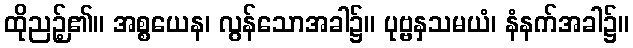
ထိုညဉ့်၏။ အစ္စယေန၊ လွန်သောအခါ၌။ ပုဗ္ဗနှသမယံ၊ နံနက်အခါ၌။